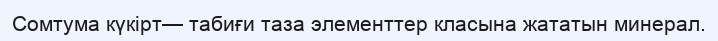
Сомтума күкірт— табиғи таза элементтер класына жататын минерал.